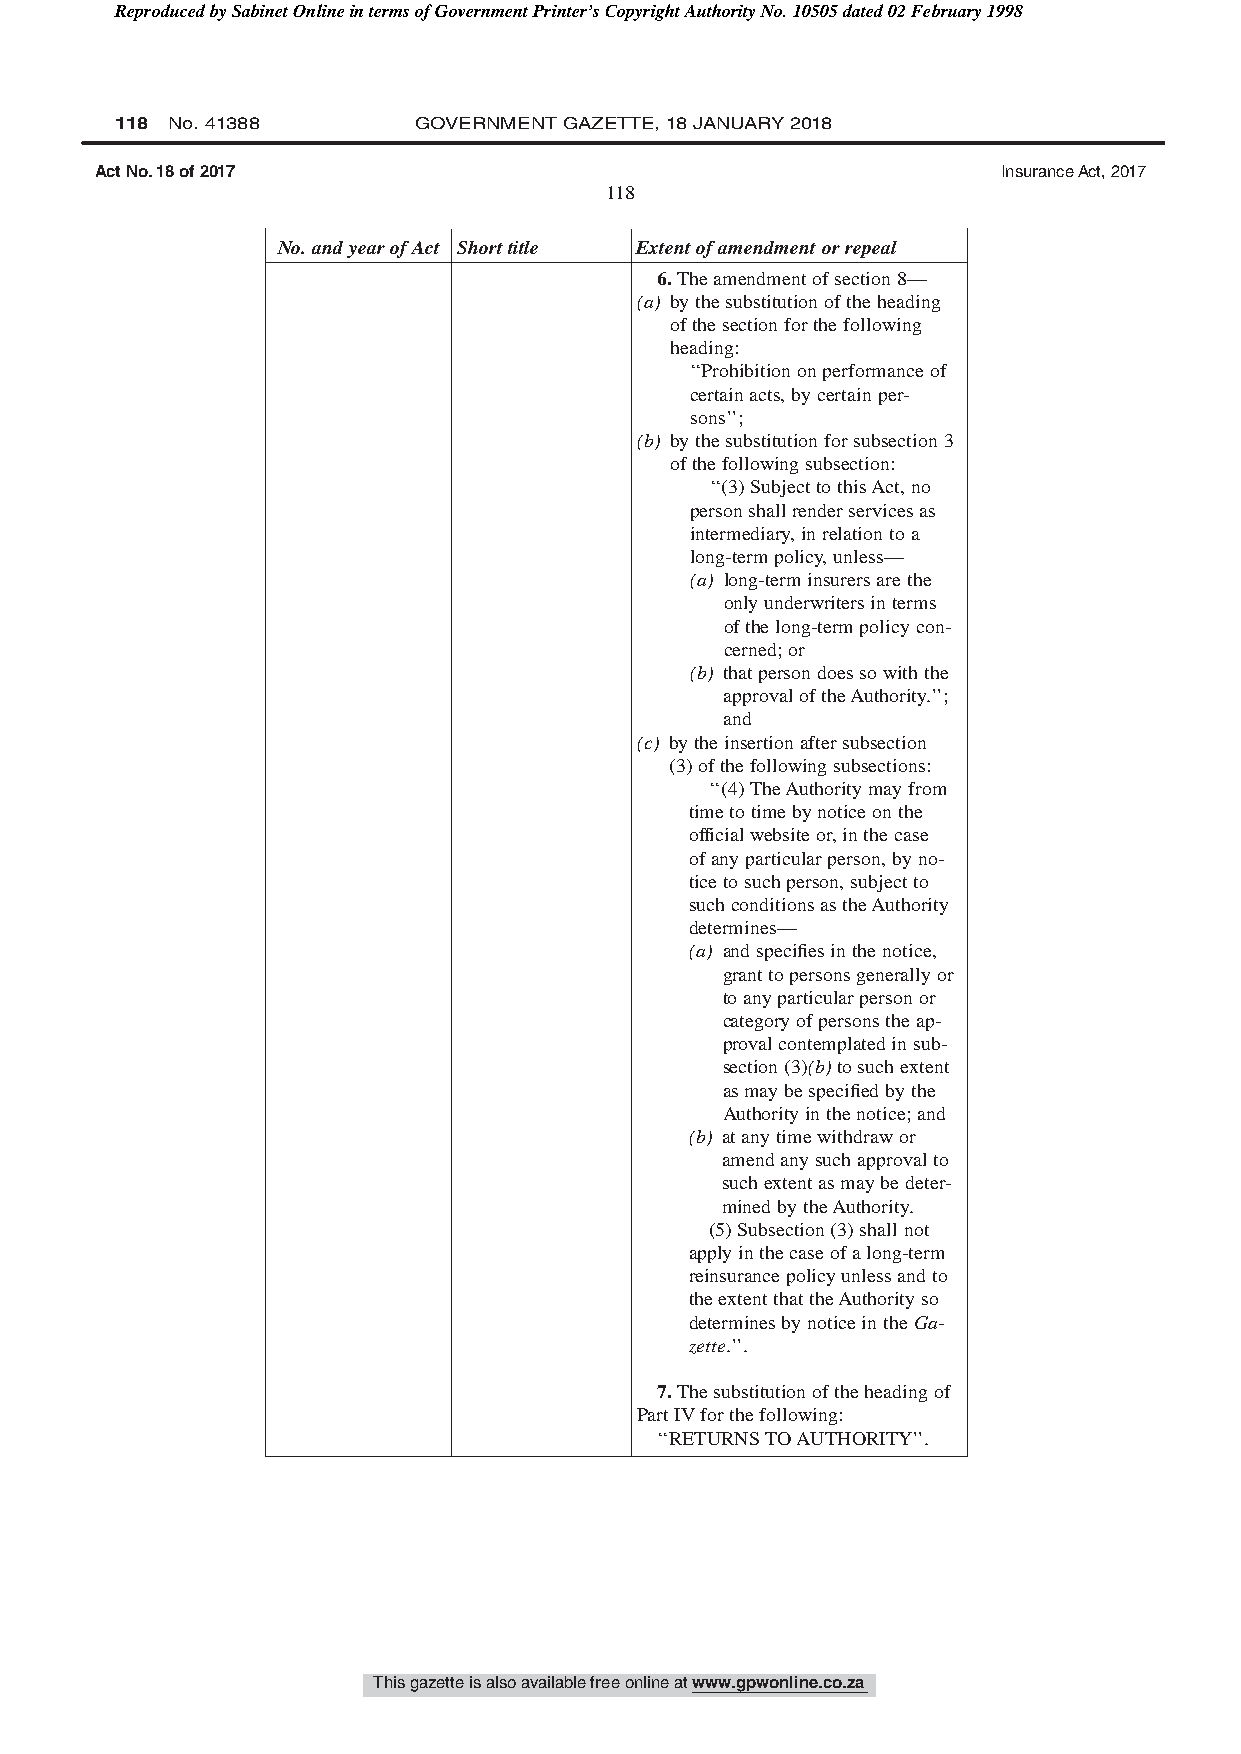
Reproduced by Sabinet Online in terms of Government Printer’s Copyright Authority No. 10505 dated 02 February 1998
 118 No. 41388      GOVERNMENT GAZETTE, 18 JANUARY 2018
 Act No. 18 of 2017                                          Insurance Act, 2017
 118
 No.andyearofAct Shorttitle Extentofamendmentorrepeal
 6.Theamendmentofsection8—
 (a) bythesubstitutionoftheheading
 ofthesectionforthefollowing
 heading:
 ‘‘Prohibitiononperformanceof
 certainacts,bycertainper-
 sons’’;
 (b) bythesubstitutionforsubsection3
 ofthefollowingsubsection:
 ‘‘(3)SubjecttothisAct,no
 personshallrenderservicesas
 intermediary,inrelationtoa
 long-termpolicy,unless—
 (a) long-terminsurersarethe
 onlyunderwritersinterms
 ofthelong-termpolicycon-
 cerned;or
 (b) thatpersondoessowiththe
 approvaloftheAuthority.’’;
 and
 (c) bytheinsertionaftersubsection
 (3)ofthefollowingsubsections:
 ‘‘(4)TheAuthoritymayfrom
 timetotimebynoticeonthe
 officialwebsiteor,inthecase
 ofanyparticularperson,byno-
 ticetosuchperson,subjectto
 suchconditionsastheAuthority
 determines—
 (a) andspecifiesinthenotice,
 granttopersonsgenerallyor
 toanyparticularpersonor
 categoryofpersonstheap-
 provalcontemplatedinsub-
 section(3)(b)tosuchextent
 asmaybespecifiedbythe
 Authorityinthenotice;and
 (b) atanytimewithdrawor
 amendanysuchapprovalto
 suchextentasmaybedeter-
 minedbytheAuthority.
 (5)Subsection(3)shallnot
 applyinthecaseofalong-term
 reinsurancepolicyunlessandto
 theextentthattheAuthorityso
 determinesbynoticeintheGa-
 zette.’’.
 7.Thesubstitutionoftheheadingof
 PartIVforthefollowing:
 ‘‘RETURNSTOAUTHORITY’’.
 This gazette is also available free online at www.gpwonline.co.za